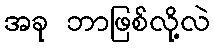
အခု ဘာဖြစ်လို့လဲ